Annual report on the working of the lock hospitals in the Central Provinces
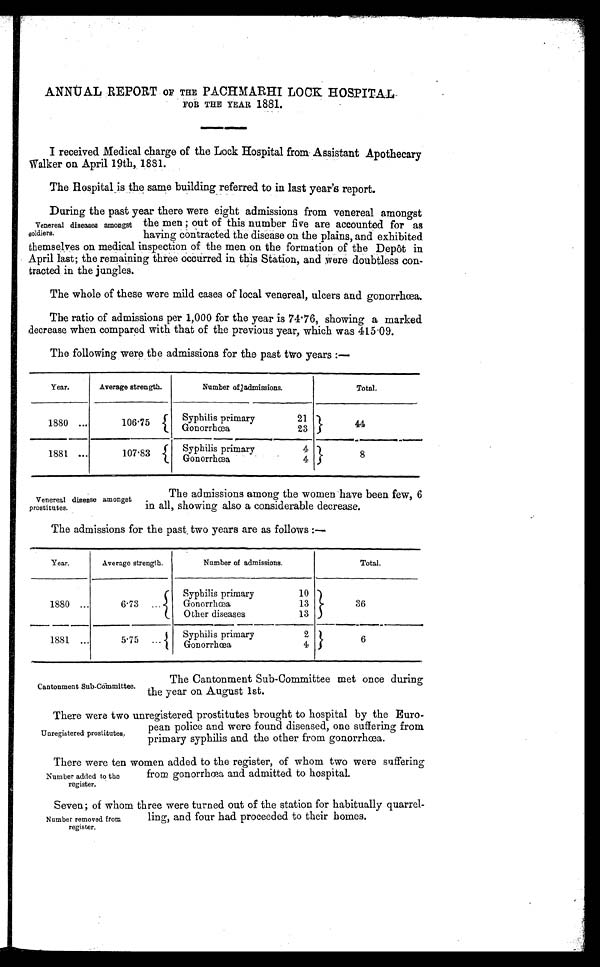
ANNUAL REPORT OF THE PACHMARHI LOOK HOSPITAL
FOR THE YEAR 1881.
I received Medical charge of the Lock Hospital from Assistant Apothecary
Walker on April 19th, 1881.
The Hospital is the same building referred to in last year's report.
Venereal diseases amongst
soldiers.
During the past year there were eight admissions from venereal amongst
the men ; out of this number five are accounted for as
having contracted the disease on the plains, and exhibited
themselves on medical inspection of the men on the formation of the Depôt in
April last; the remaining three occurred in this Station, and were doubtless con-
tracted in the jungles.
The whole of these were mild cases of local venereal, ulcers and gonorrhœa.
The ratio of admissions per 1,000 for the year is 74.76, showing a marked
decrease when compared with that of the previous year, which was 415.09.
The following were the admissions for the past two years :—
Year.
Average strength.
Number of admissions.
Total.
1880 ...
106.75
Syphilis primary
21
44
Gonorrhœa
23
1881 ...
107.83
Syphilis primary
4 8
Gonorrhœa
4
Venereal disease amongst
prostitutes.
The admissions among the women have been few, 6
in all, showing also a considerable decrease.
The admissions for the past, two years are as follows :—
Year.
Average strength.
Number of admissions.
Total.
1880 ...
6.73 ...
Syphilis primary
10
36
Gonorrhœa
13
Other diseases
13
1881 ...
5.75 ...
Syphilis primary
2 6
Gonorrhœa
4
Cantonment sub-Committee.
The Cantonment Sub-Committee met once during
the year on August 1st.
Unregistered prostitutes,
There were two unregistered prostitutes brought to hospital by the Euro-
pean police and were found diseased, one suffering from
primary syphilis and the other from gonorrhœa.
Number added to the
register.
There were ten women added to the register, of whom two were suffering
from gonorrhœa and admitted to hospital.
Number removed from
register.
Seven; of whom three were turned out of the station for habitually quarrel-
ling, and four had proceeded to their homes.